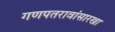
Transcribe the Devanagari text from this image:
गणपतरावांसारखा